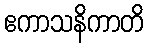
ဧကာသနိကာတိ